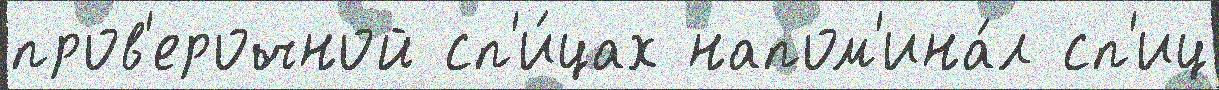
пров'ерочной сп'и́цах напом'ина́л сп'иц